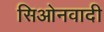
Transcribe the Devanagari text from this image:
सिओनवादी